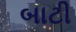
બાટી